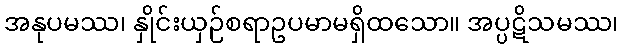
အနုပမဿ၊ နှိုင်းယှဉ်စရာဥပမာမရှိထသော။ အပ္ပဋိသမဿ၊